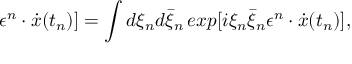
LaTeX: \epsilon ^ { n } \cdot \dot { x } ( t _ { n } ) ] = \int d \xi _ { n } d \bar { \xi } _ { n } \, e x p [ i \xi _ { n } \bar { \xi } _ { n } \epsilon ^ { n } \cdot \dot { x } ( t _ { n } ) ] ,